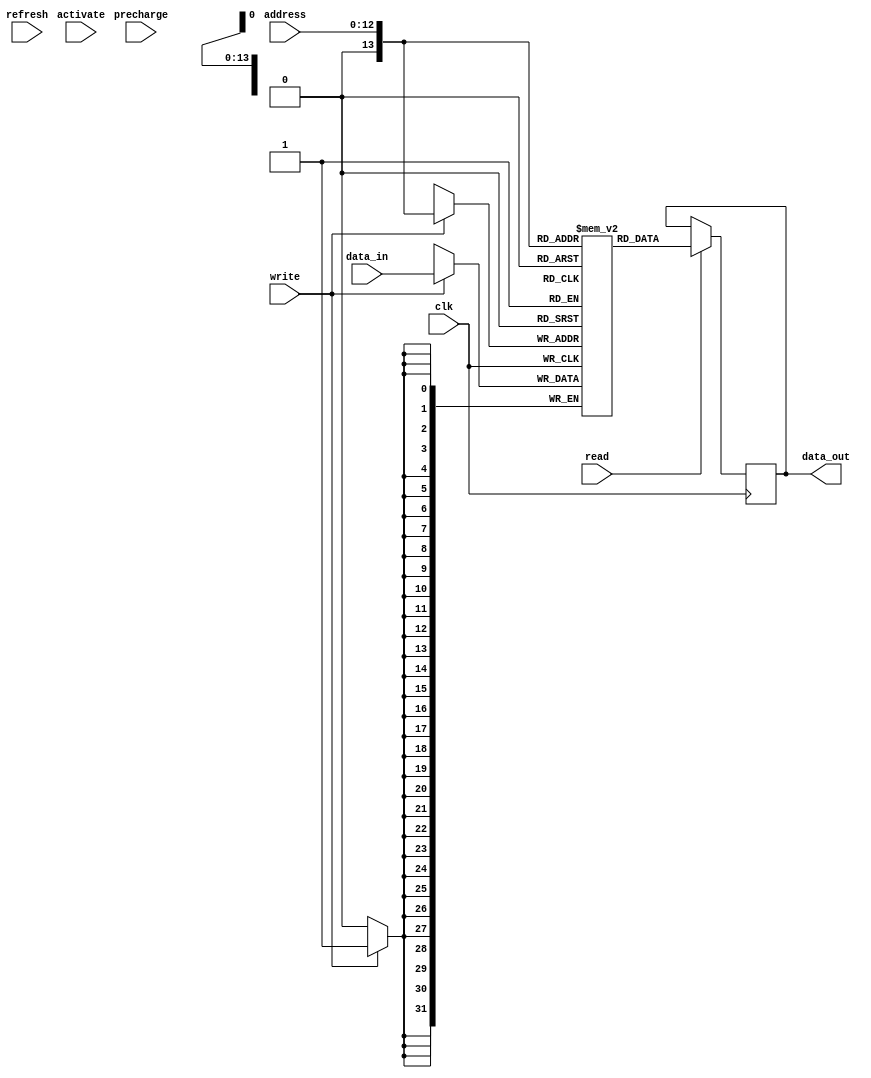
module SDRAM (
    input clk,
    input read,
    input write,
    input [12:0] address,
    input [31:0] data_in,
    output reg [31:0] data_out,
    input precharge,
    input activate,
    input refresh
);

reg [31:0] memory [0:16383]; // 16k memory locations

reg [12:0] row_address;
reg [9:0] column_address;

always @ (posedge clk) begin
    if (activate) begin
        row_address <= address[12:0];
        column_address <= address[11:0];
    end
    
    if (read) begin
        data_out <= memory[address];
    end
    
    if (write) begin
        memory[address] <= data_in;
    end
    
    if (precharge) begin
        // precharge logic
    end
    
    if (refresh) begin
        // refresh logic
    end
end

endmodule